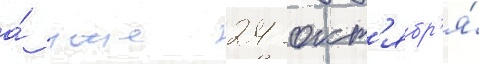
а́ уже 24 окт'ябр'я́